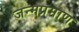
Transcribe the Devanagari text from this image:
जन्मप्रमाण